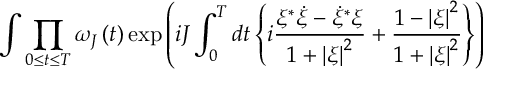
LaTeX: \int { \prod _ { 0 \le t \le T } { \omega _ { J } \left( t \right) } \exp \left( { i J \int _ { 0 } ^ { T } { d t \left\{ { i { \frac { \xi ^ { * } \dot { \xi } - { \dot { \xi } } ^ { * } \xi } { 1 + \left| \xi \right| ^ { 2 } } } + { \frac { 1 - \left| \xi \right| ^ { 2 } } { 1 + \left| \xi \right| ^ { 2 } } } } \right\} } } \right) }